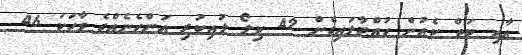
އާއި ބަތް ކެއުން ހުއްޓާލައިގެން 42 ކިލޯ ލުއިކުރި އަންހެނެއްގެ ވާހަކަ 46